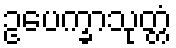
ဥပေက္ခာသုတ္တံ